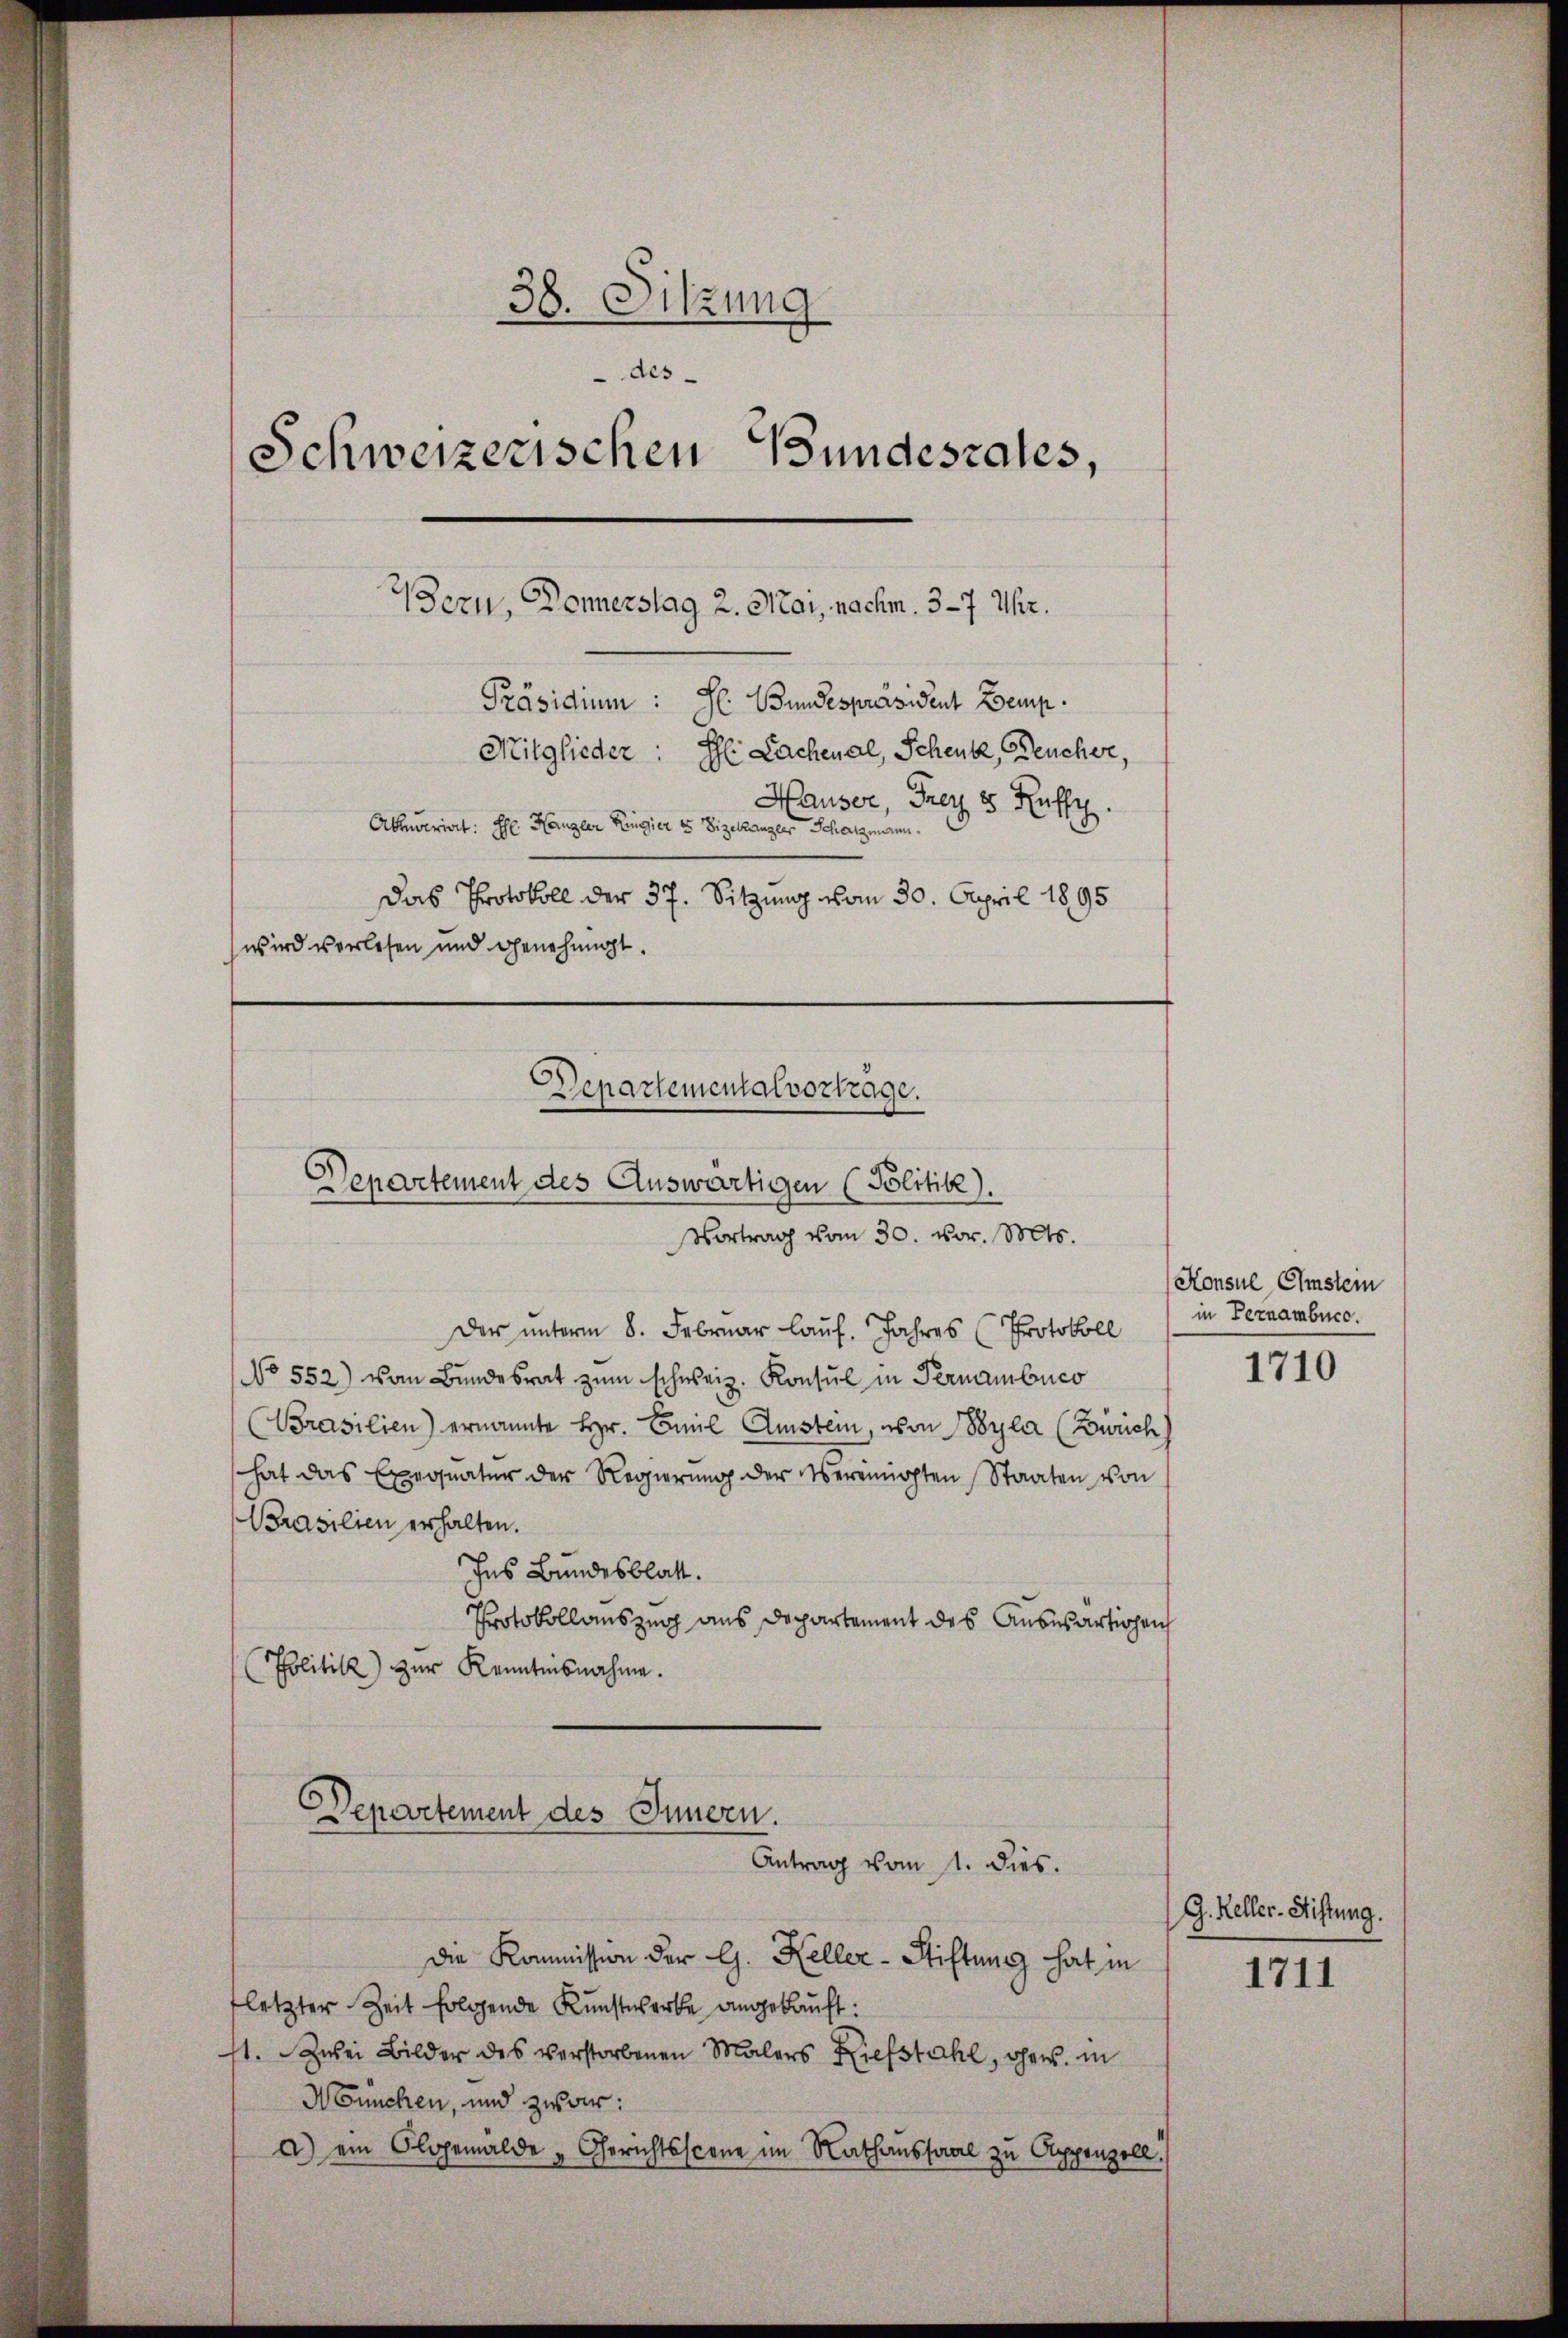
38. Sitzung
des
Schweizerischen Bundesrates,
ezu, Donnerstag 2. Mai, nachm. 3 - 7 Uhr.
Präsidium:
Mitglieder:
h: Lachenal, Schenk, Deucher,
Hauser, Frey 8 Ruffy.
Abuerint: Ehl Kanzler Regier es Vizekanzler Schatzmann.
Das Protokoll der 37. Sitzung vom 30. April 1895
wird verlesen und genehmigt.
Departemental vortrage.
Departement des Auswärtigen (Politik).
Vortrag vom 30. vor. Mts.

Der unterm 8. Februar lauf. Jahres (Protokoll
No 552) von Bŭndesrat zŭm schweiz. Konsul in Pernambuc
Prasilien) ernannte Hr. Emil Amstein, von Wyla (Zürich)
hat das Exequatur der Regierung der Vereinigten Staaten von
Prasilien erhalten.
Ins Bundesblatt.
Protokollauszug aus Departement des Auswärtigen
Politik zur Kenntnisnahme.

Die Kommission der G. Keller-Stiftung hat in
fletzter Zeit folgende Kunstwerke angekauft:
st. Zwei Bilder des verstorbenen Malers Riefstahl, ohnes. in
Nünchen, und zwar:
a) ein Olgemälde „Gerichtsscone im Rathaussaal zu Appenzell.

H. Bundespräsident Zemp.

Departement des Innern.
Antrag vom 1. dies.

Konsul Ehmstein
in Pernambucc.

1710

G. Keller-Stiftung.

1711